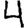
Digit: 4